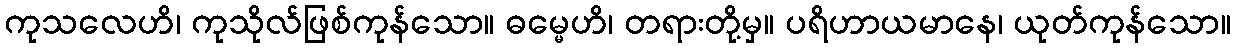
ကုသလေဟိ၊ ကုသိုလ်ဖြစ်ကုန်သော။ ဓမ္မေဟိ၊ တရားတို့မှ။ ပရိဟာယမာနေ၊ ယုတ်ကုန်သော။